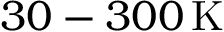
3 0 - 3 0 0 \, \mathrm { K }